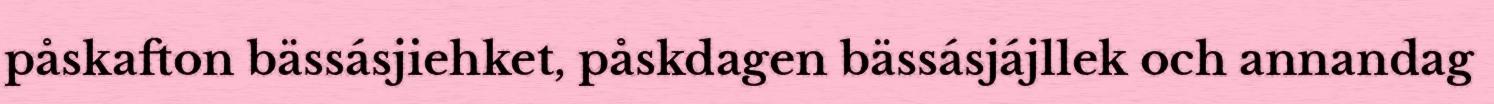
påskafton bässásjiehket, påskdagen bässásjájllek och annandag